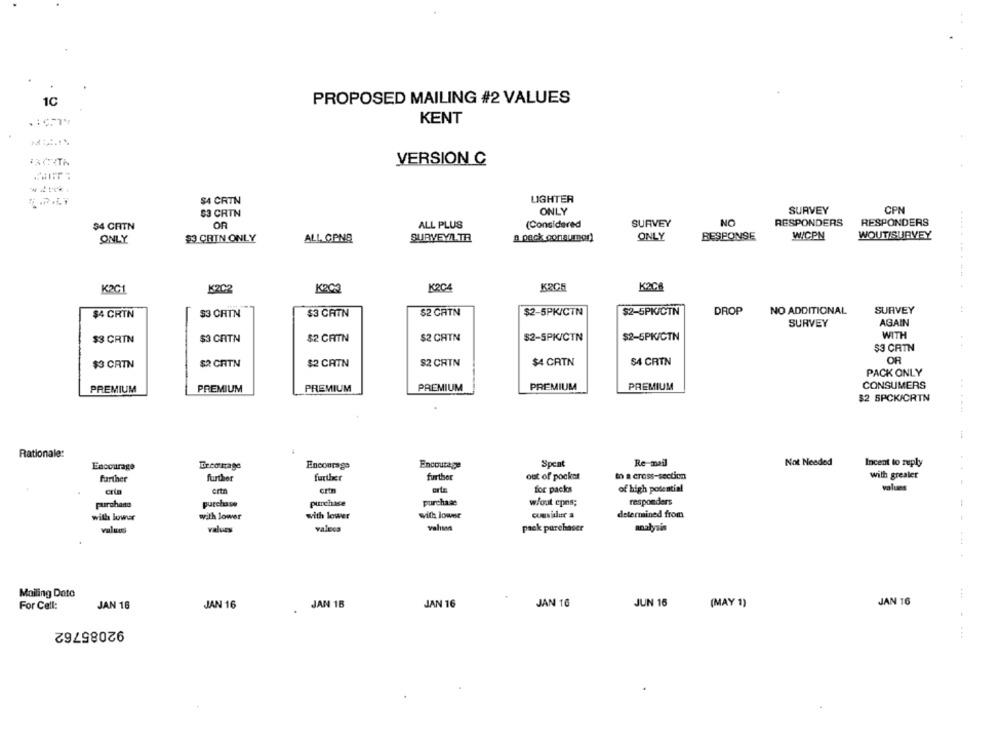
10
PROPOSED MAILING #2 VALUES
KENT
VERSION C
$4 CRTN
LIGHTER
$3 CRTN
ONLY
SURVEY
CPN
(Considered
SURVEY
NO
RESPONDERS
RESPONDERS
$4 CRITN
OR
ALL PLUS
ONLY
$3 CRIN ONLY
a pack consumer)
ONLY
RESPONSE
WCPN
WOUTISURVEY
ALL CPNB
........
K2G1
K2C2
KRCa
K2C4
KRC5
K2C6
$2 CATN
$2-5PK/CTN
$2-5PK/CTN
DROP
NO ADDITIONAL
SURVEY
$4 CRIN
$3 CHTN
$3 GRTN
SURVEY
AGAIN
WITH
$3 CRIN
$3 CATN
$2 CRITN
$2 CAIN
$2-5PK/CTN
$2-5PK/CTN
$3 CRTN
$3 CATN
$2 CRTN
$2 CRTN
$2 CRIN
$4 CRTN
$4 CRTN
OR
PACK ONLY
CONSUMERS
PREMIUM
PREMIUM
PREMIUM
PREMIUM
PREMIUM
PREMIUM
$2 5PCK/CRTN
Rationale:
Encourage
Ercoltrage
Encourage
Encourage
Spent
Re-mail
Not Needed
Incent to reply
out of pocket
to a cross-section
with greater
further
further
further
further
ertn
crin
for packs
of high potential
values
crta
purchase
purchase
purchase
purchase
w/out epos;
responders
with lower
with lower
with lower
With lower
consider a
determined from
--
valiman
values
values
valecs
pack purchaser
analysis
Mailing Date
JAN 16
For Cell:
JAN 18
JAN 16
JAN 18
JAN 16
JAN 16
JUN 16
(MAY 1)
92085762